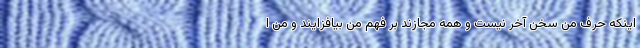
اینکه حرف من سخن آخر نیست و همه مجازند بر فهم من بیافزایند و من ا